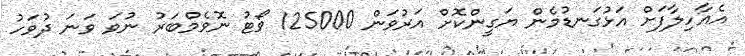
އެއާހިލާފަށް އަޅުގަނޑުމެން ޔަގީންކޮށް އަރުވަން 125000 ވޯޓު ނޮވެމްބަރު ނުވަ ވަނަ ދުވަހު